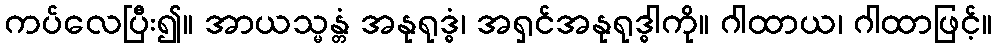
ကပ်လေပြီး၍။ အာယသ္မန္တံ အနုရုဒ္ဓံ၊ အရှင်အနုရုဒ္ဓါကို။ ဂါထာယ၊ ဂါထာဖြင့်။